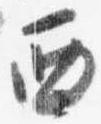
西